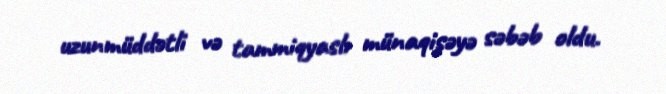
uzunmüddətli və tammiqyaslı münaqişəyə səbəb oldu.